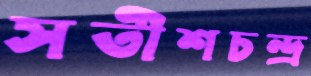
সতীশচন্দ্র